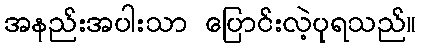
အနည်းအပါးသာ ပြောင်းလဲ့ပုရသည်။